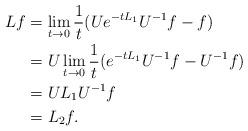
LaTeX: \begin{align*} Lf&=\lim_{t\to 0}\frac 1 t(Ue^{-tL_1}U^{-1}f-f)\\&=U\lim_{t\to 0}\frac 1 t(e^{-tL_1}U^{-1}f-U^{-1}f)\\&=UL_1U^{-1}f\\&=L_2f.\end{align*}